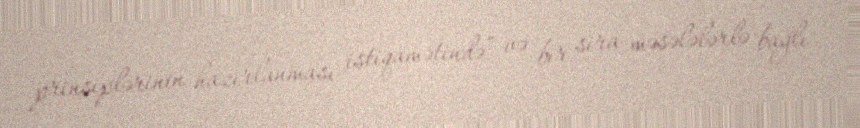
prinsiplərinin hazırlanması istiqamətində” və bir sira məsələlərlə bağlı